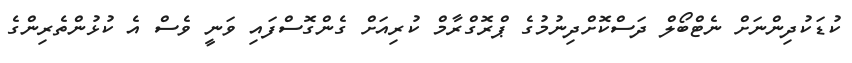
ކުޑަކުދިންނަށް ނެޓްބޯލް ދަސްކޮށްދިނުމުގެ ޕްރޮގްރާމް ކުރިއަށް ގެންގޮސްފައި ވަނީ ވެސް އެ ކުޅުންތެރިންގެ